King Institute of Preventive Medicine Micro-Biological Section reports 1909-11
Year: 1909
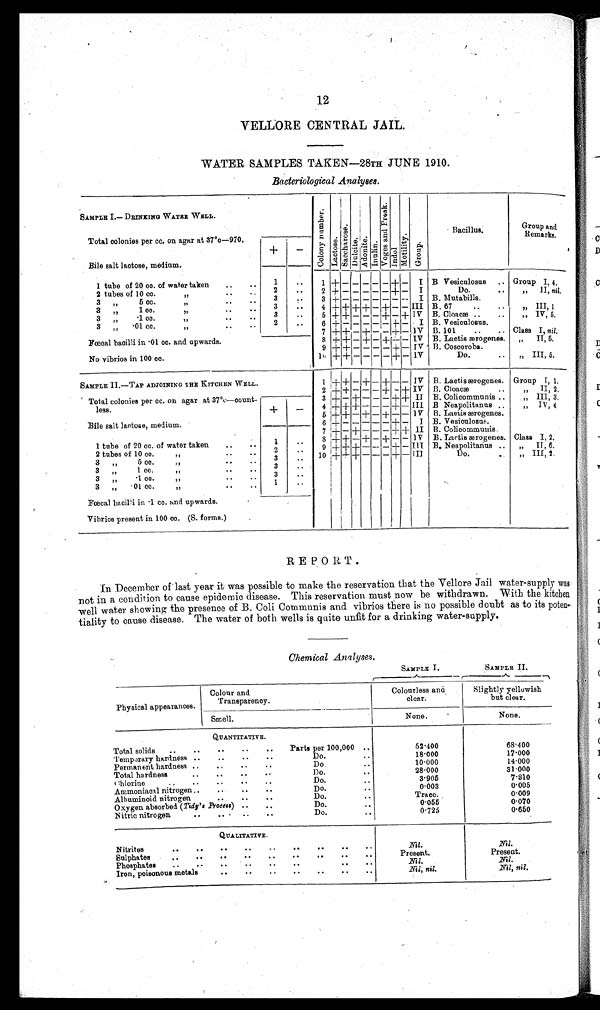
12
VELLORE CENTRAL JAIL.
WATER SAMPLES TAKEN—28TH JUNE 1910.
Bacteriological Analyses.
SAMPLE I.— DRINKING WATER WELL.
Co l o n y n u mb e r .
Lact ose.
Sa c c ha r os e .
D u l c i t e .
Adoni te.
I nul i n.
Vo g e s a n d P r o s k .
Indol. Mo t i l i t y .
Group.
Bacillus.
Group and
Remarks.
Total colonies per cc. on agar at 37°c—970.
+
-
Bile salt lactose, medium.
1 tube of 20 cc. of water taken
..
..
1
. .
1 + - -
- -
- + -
I B Vesiculosus
.. Group I, 4.
2 tubes of 10 cc.
,,
..
2
. .
2 + - - - - - + -
I
Do.
..
, , I I , n i l .
3
,,
5 cc.
,,
..
3
. .
3 + - -
- - - - -
I B. Mutabills.
3
, ,
1 cc.
,, ..
3
. .
4 + + + + -
+ - - III B. 67
, ,
I I I , 1
3
, ,
.1 cc.
,,
..
3
. .
5 + + - -
-
+ - + IV B. Cloacæ ..
..
,,
IV, 5.
3
, ,
.01 cc.
, ,
. .
2
. .
6 + - - - - - + -
I B. Vesiculosus.
7 + + - + - - + - IV B. 101
..
.. Class I, nil.
Fœcal bacilli in .01 cc. and upwards.
8 + + - + - + - - IV B. Lactis ærogenes.
„
II, 5.
9 + + - - - - + - IV
B. Coscoroba.
No vibrios in 100 cc.
10 + + - - - - + - IV
Do.
..
„ III, 5.
SAMPLE II.—TAP ADJOINING THE KITCHEN WELL.
1
+ +
- + - + - - IV B. Lactis ærogenes.
Group I, 1.
2 + + - - - + - + IV B. Cloacæ
..
, ,
I I , 2 .
Total colonies per cc. on agar at 37°c—count-
3 + - + - - - + + II B. Colicommunis ..
,,
III, 3.
less.
+
-
4 + + + - - - + - III B Neapolitanus ..
„
IV, 4
5
+
+ - + - + - -
I V
B. Lactis ærogenes.
Bile salt lactose, medium.
6 + - - - - - + -
I B. Vesiculosus.
7 + - + - - - + + II B. Colicommunis.
1 tube of 20 cc. cc of water taken
..
..
1
..
8 + + - + - + - - IV
B. Lactis ærogenes. Class I, 2.
2
. . . .
9 + + + - - - + - III B. Neapolitanus ..
,,
II, 6.
2 tubes of 10 cc.
,,
..
..
3
. .
10 + + + - - - + - III
Do.
. .
,,
III, 2.
3
, ,
5 cc.
,,
..
..
3
„
1 cc.
,,
..
..
3
. .
3
„
.1 cc.
,,
..
..
3
..
3
„
.01 cc.
,,
..
..
1
. .
Fœcal bacilli in .1 cc. and upwards.
Vibrios present in 100 cc. (S. forms.)
REPORT.
In December of last year it was possible to make the reservation that the Vellore Jail water-supply was
not in a condition to cause epidemic disease. This reservation must now be withdrawn. With the kitchen
well water showing the presence of B. Coli Communis and vibrios there is no possible doubt as to its poten
-tiality to cause disease. The water of both wells is quite unfit for a drinking water-supply.
Chemical Analyses.
SAMPLE I.
SAMPLE II.
Physical appearances.
Colour and
Transparency.
Colourless and
clear.
Slightly yellowish
but clear.
Smell.
None.
None.
QUANTITATIVE.
Total solids
..
..
• .
..
..
Parts per 100,000 ..
52.400
68.400
Temporary hardness ..
..
..
..
Do.
..
18.000
17.000
Permanent hardness ..
..
..
..
Do.
..
10.000
14.000
Total hardness..
..
..
Do.
..
28.000
31.000
C h l o r i n e
. .
. .
Do.
..
3.905
7.810
Ammoniacal nitrogen..
..
..
..
Do.
..
0 . 0 0 3
0.005
Albuminoid nitrogen
..
..
..
Do.
.. Trace.
0.009
Oxygen absorbed ( Tidy's Process) ..
..
Do.
..
0 . 0 5 5
0.070
Nitric nitrogen
..
..
..
..
Do.
..
0.725
0.650
QUALITATIVE.
Nitrites
Nil.
Nil.
Sulphates
..
..
..
..
..
..
..
..
..
Present.
Present.
Phosphates
..
..
..
..
..
..
Nil.
Nil.
Iron, poisonous metals
..
..
..
..
..
..
..
Nil, nil.
Nil, nil.